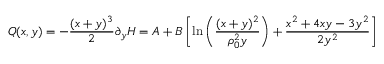
Q ( x , y ) = - { \frac { ( x + y ) ^ { 3 } } { 2 } } \partial _ { y } H = A + B \left[ \mathrm { l n } \left( { \frac { ( x + y ) ^ { 2 } } { \rho _ { 0 } ^ { 2 } y } } \right) + { \frac { x ^ { 2 } + 4 x y - 3 y ^ { 2 } } { 2 y ^ { 2 } } } \right]